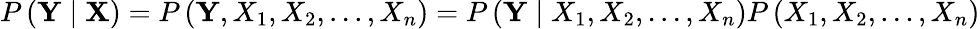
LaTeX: P\left(\mathbf{Y}\mid\mathbf{X}\right)=P\left(\mathbf{Y},X_{1},X_{2},...,X_{n}\right)=P\left(\mathbf{Y}\mid X_{1},X_{2},...,X_{n}\right)P\left(X_{1},X_{2},...,X_{n}\right)